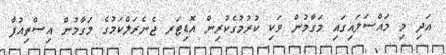
އަދި މި މައްސަލައިގައި މަގާމުން ވަކި ކުރުމުގެކުރިން އޮޑިޓަރ ޖެނެރަލްކަމުގެ މަގާމުން އިސްތިއުފާ